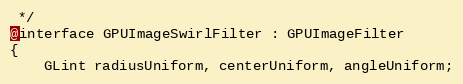
Language: C
 */
@interface GPUImageSwirlFilter : GPUImageFilter
{
    GLint radiusUniform, centerUniform, angleUniform;